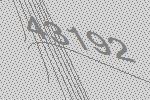
43192